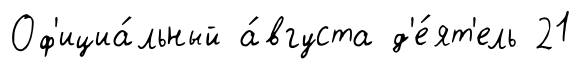
Оф'ициа́льный а́вгуста д'е́ят'ель 21